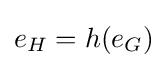
e_{H}=h(e_{G})